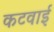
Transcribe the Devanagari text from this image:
कटवाई